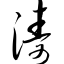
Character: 涛